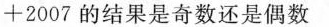
+ 2 0 0 7$$的结果是奇数还是偶数